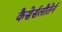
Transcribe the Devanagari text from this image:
कैसेर्सलौतेर्न